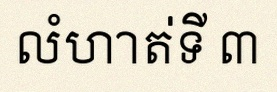
លំហាត់ទី ៣